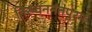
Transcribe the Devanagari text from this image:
तिरुवननंतपुरम